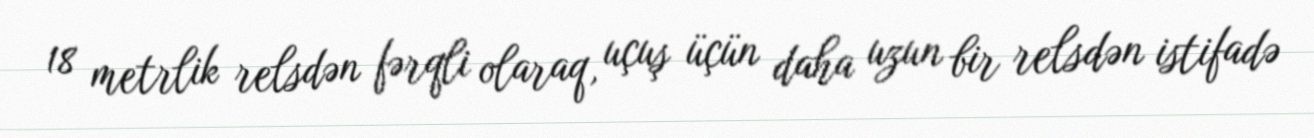
18 metrlik relsdən fərqli olaraq, uçuş üçün daha uzun bir relsdən istifadə